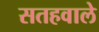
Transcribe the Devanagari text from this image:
सतहवाले